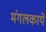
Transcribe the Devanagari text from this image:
मंगलकार्ये